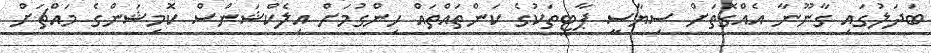
ބަދަލުގައި ގާނޫނާ އެއްގޮތަށް ސިޔާސީ ޕާޓީތަކުގެ ކަންތައްތައް ހިންގުމަށް އިލެކްޝަންސް ކޮމިޝަންގެ މައްޗަށް